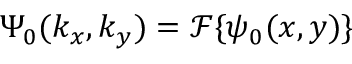
\Psi _ { 0 } ( k _ { x } , k _ { y } ) = { \mathcal { F } } \{ \psi _ { 0 } ( x , y ) \}